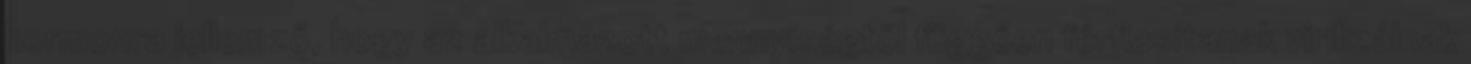
hormonra jellemző, hogy az alkalmazott mennyiségtől függően férfiasítanak virilizálnak